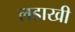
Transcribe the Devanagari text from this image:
लडाखी